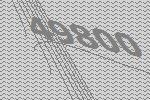
49800